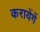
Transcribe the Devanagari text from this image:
करायेंगें